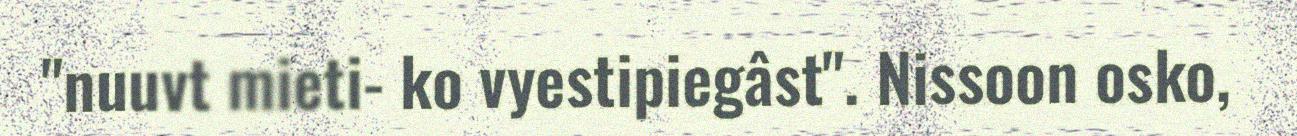
"nuuvt mieti- ko vyestipiegâst". Nissoon osko,